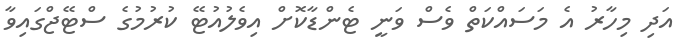
އަދި މިހާރު އެ މަސައްކަތް ވެސް ވަނީ ޓެންޑާކޮށް އިވެލުއުޓޭ ކުރުމުގެ ސްޓޭޖްގައިވާ